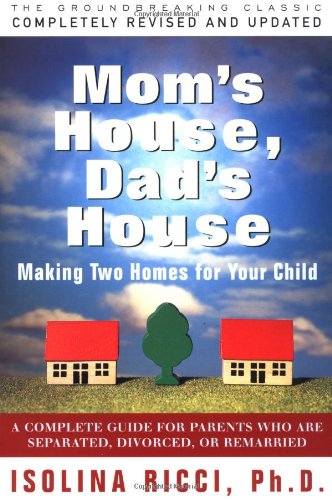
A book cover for Mom's House, Dad's House: Making two homes for your child; Isolina Ricci Ph.D.; Parenting & Relationships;